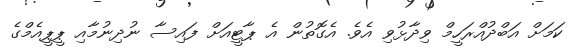
ކަމަށް އަބްދުއްރަހީމް ވިދާޅުވި އެވެ. އެގޮތުން އެ ޕާޓީއަށް ފައިސާ ނުދިނުމާއި ޕީޕީއެމްގެ